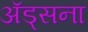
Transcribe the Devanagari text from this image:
अॅड्सना